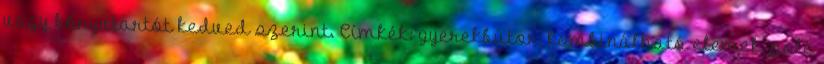
vagy könyvtartót kedved szerint. Címkék: gyerekbútor, kombinálható elemek, polc